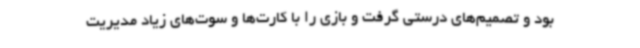
بود و تصمیم‌های درستی گرفت و بازی را با کارت‌ها و سوت‌های زیاد مدیریت